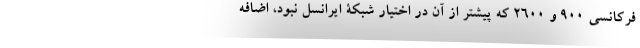
فرکانسی ۹۰۰ و ۲۶۰۰ که پیشتر از آن در اختیار شبکۀ ایرانسل نبود، اضافه